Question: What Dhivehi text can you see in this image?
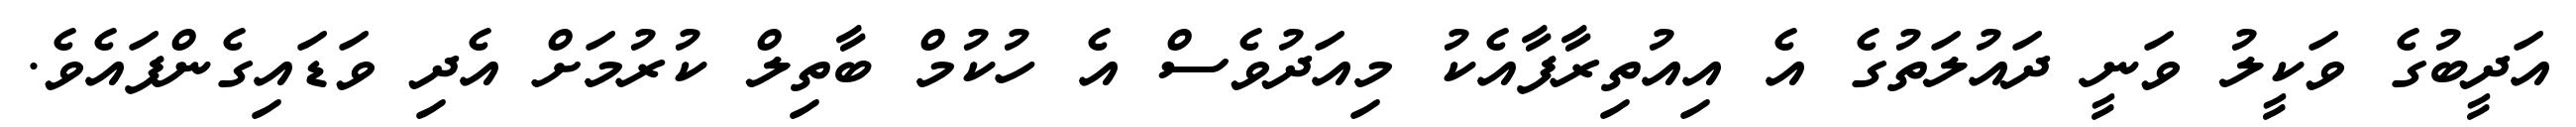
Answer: އަދީބުގެ ވަކީލު ވަނީ ދައުލަތުގެ އެ އިއުތިރާފާއެކު މިއަދުވެސް އެ ހުކުމް ބާތިލް ކުރުމަށް އެދި ވަޑައިގެންފައެވެ.